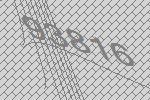
93816